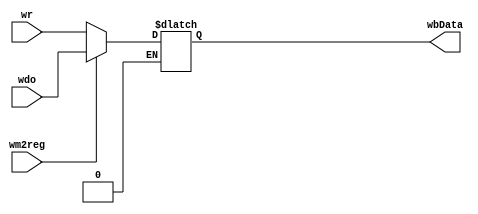
`timescale 1ns / 1ps
//////////////////////////////////////////////////////////////////////////////////
// Company: 
// Engineer: 
// 
// Design Name: 
// Module Name: WB_Mux
// Project Name: 
// Target Devices: 
// Tool Versions: 
// Description: 
// 
// Dependencies: 
// 
// Revision:
// Revision 0.01 - File Created
// Additional Comments:
// 
//////////////////////////////////////////////////////////////////////////////////


module WB_Mux(
    input [31:0] wr,
    input [31:0] wdo,
    input wm2reg,
    
    output reg [31:0] wbData
    );
    
    always @(*)
    begin
        if (wm2reg == 0)
        begin
            wbData <= wr;
        end
        if (wm2reg ==1)
        begin
            wbData <= wdo;
        end    
    end
endmodule